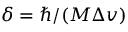
\delta = \hbar / ( M \Delta v )